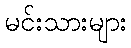
မင်းသားများ